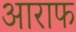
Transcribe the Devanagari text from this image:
आराफ